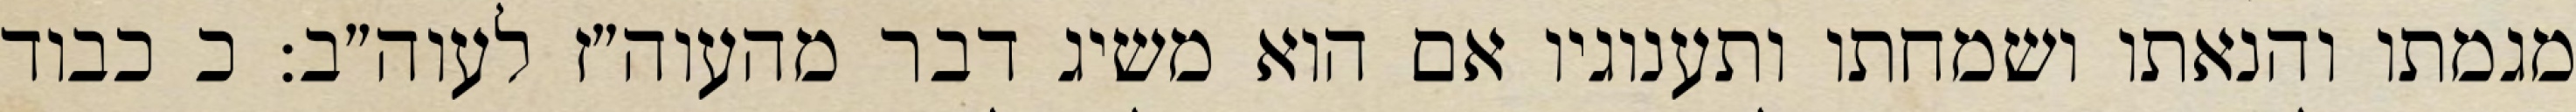
מגמתו והנאתו ושמחתו ותענוגיו אם הוא משיג דבר מהעוה״ז לעוה״ב: כ כבוד